Tezpur Lunatic Asylum reports 1877-1894 - 1877-1894
Year: 1877
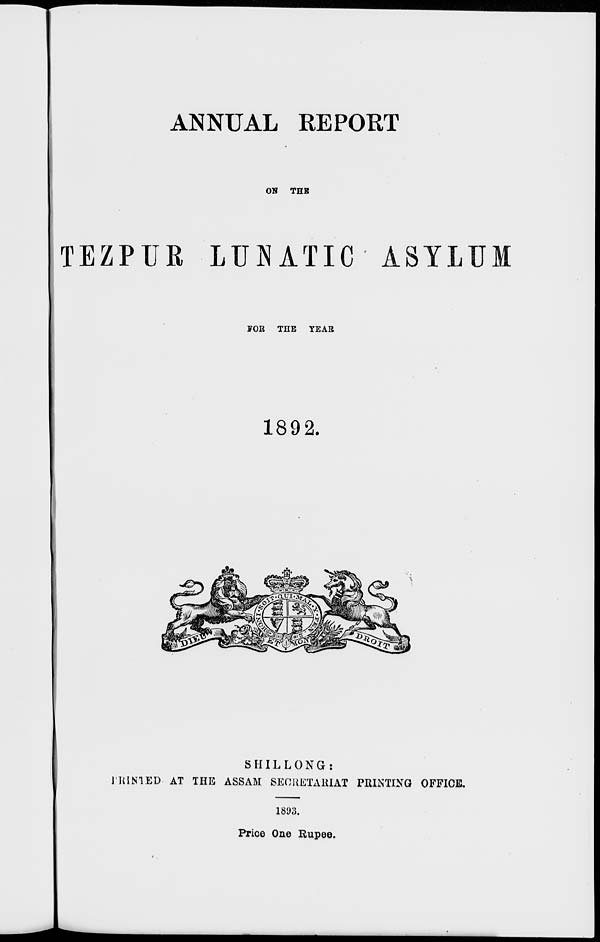
ANNUAL REPORT
ON THE
TEZPUR LUNATIC ASYLUM
FOB THE YEAR
1892.
SHILLONG:
] RIMED AT THE ASSAM SECRETARIAT PRINTING OFFICE.
181)3.
Price One Rupee.